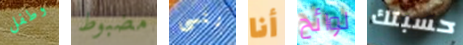
وطفل مضبوط ننسى أنا لوائح حسبتك